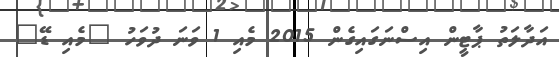
އަދާލަތު ޕާޓީން އިސްނަގައިގެން 2015 މެއި 1 ވަނަ ދުވަހު "މެއި ޑޭ"